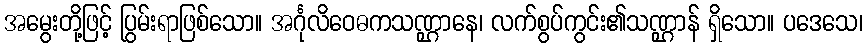
အမွေးတို့ဖြင့် ပြွမ်းရာဖြစ်သော။ အင်္ဂုလိဝေဓကသဏ္ဌာနေ၊ လက်စွပ်ကွင်း၏သဏ္ဌာန် ရှိသော။ ပဒေသေ၊